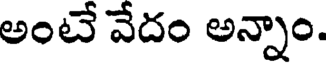
అంటే వేదం అన్నాం.